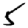
Digit: 5